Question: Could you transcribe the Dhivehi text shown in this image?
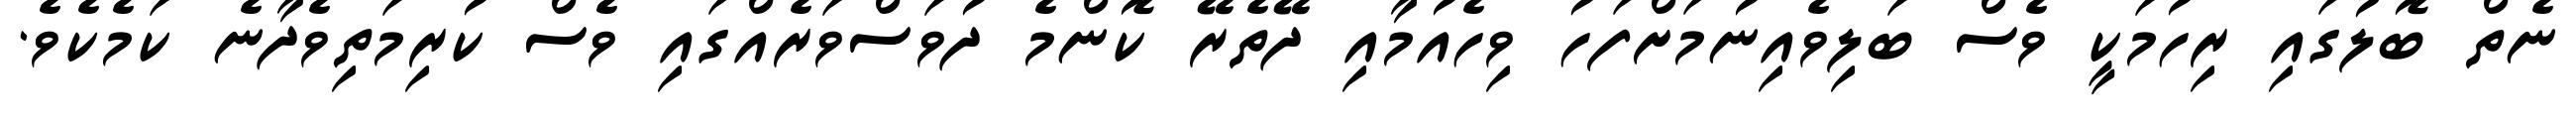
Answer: ނެތް ބޮލުގައި ރިހުމަކީ ވެސް ބަލިވެއިނުމަށްފަހު ވިހެއުމާއި ދޭތެރޭ ކޮންމެ ދުވަސްވަރެއްގައި ވެސް ކުރިމަތިވެދާނެ ކަމެކެވެ.